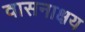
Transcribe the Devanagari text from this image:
वासनाक्षय